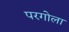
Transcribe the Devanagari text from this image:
परगोला